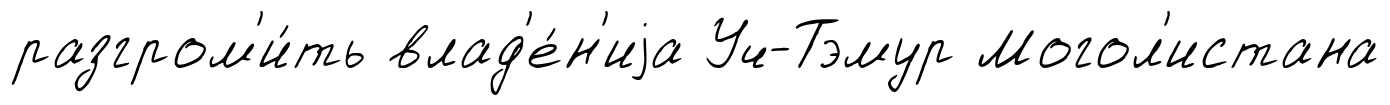
разгром'и́ть влад'е́н'иjа Уч-Тэмур Могол'истана